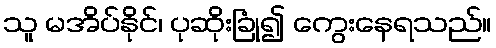
သူ မအိပ်နိုင်၊ ပုဆိုးခြုံ၍ ကွေးနေရသည်။